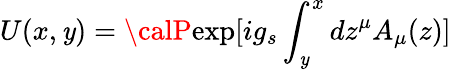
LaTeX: U(x,\mathit{y})={\calP}\mathrm{{exp}}[ig_{s}\int_{\mathit{y}}^{x}dz^{\mu}A_{\mu}(z)]